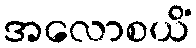
အလောစယိံ